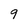
Character: 9